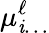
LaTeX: \mu_{\mathit{i}\ldots}^{\ell}